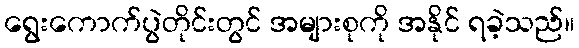
ရွေးကောက်ပွဲတိုင်းတွင် အများစုကို အနိုင် ရခဲ့သည်။